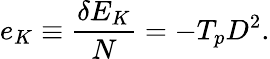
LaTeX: \begin{array}{l}{\displaystyle{e_{K}\equiv\frac{\delta E_{K}}{N}=-T_{p}D^{2}.}}\end{array}